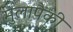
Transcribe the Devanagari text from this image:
मुलापैकी